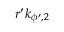
r ^ { \prime } k _ { \phi ^ { \prime } , 2 }